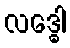
လဒ္ဓေါ